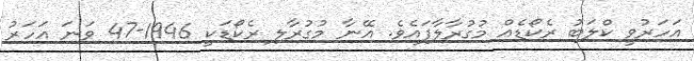
އަހަރުވީ ކްލަބު ރެކޯޑެއް މުގުރާލާފައެވެ. އޭނާ މުގުރާލި ރެކޯޑަކީ 1946-47 ވަނަ އަހަރު